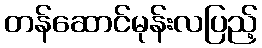
တန်ဆောင်မုန်းလပြည့်